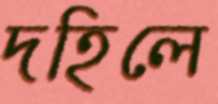
দহিলে